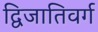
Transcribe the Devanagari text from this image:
द्विजातिवर्ग